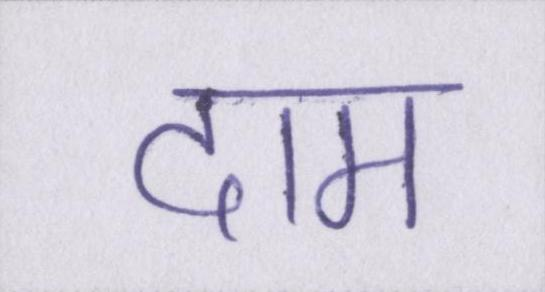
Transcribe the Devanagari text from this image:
दाम